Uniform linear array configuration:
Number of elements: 32
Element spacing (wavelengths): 0.5
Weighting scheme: uniform
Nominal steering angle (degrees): -45
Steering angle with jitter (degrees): -46.001
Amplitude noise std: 0.05
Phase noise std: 0.05

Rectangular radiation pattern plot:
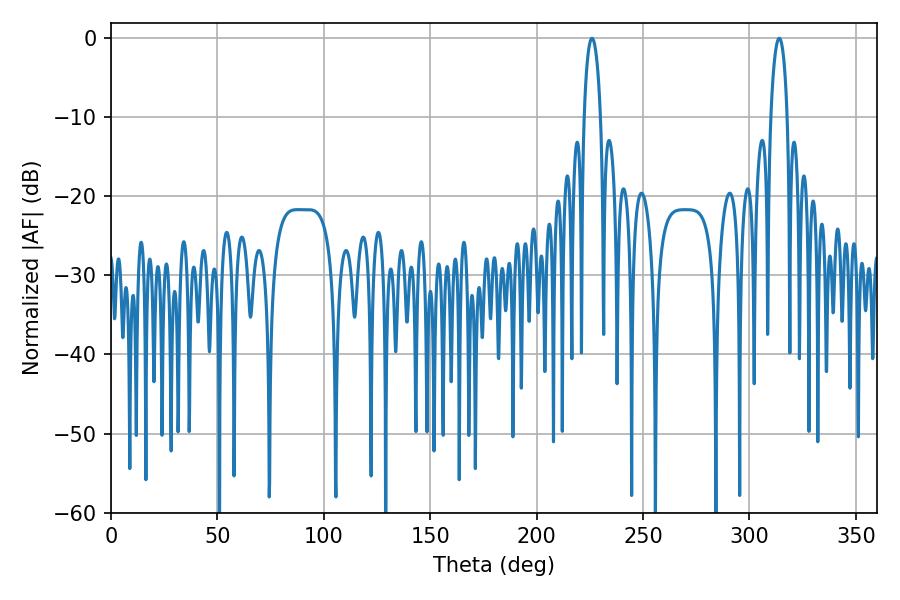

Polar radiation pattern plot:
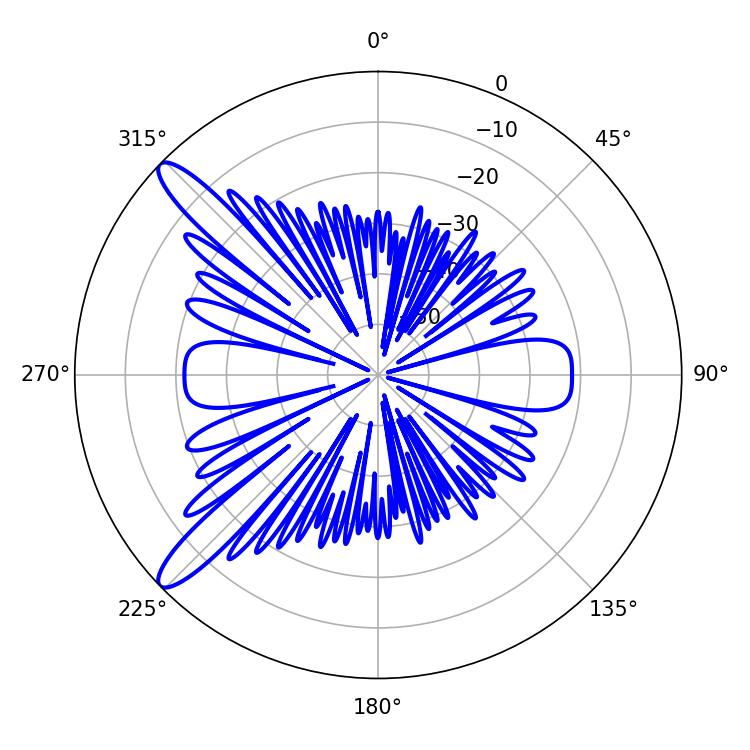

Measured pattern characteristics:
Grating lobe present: FALSE
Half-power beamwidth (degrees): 4.32
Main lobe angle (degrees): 226.08